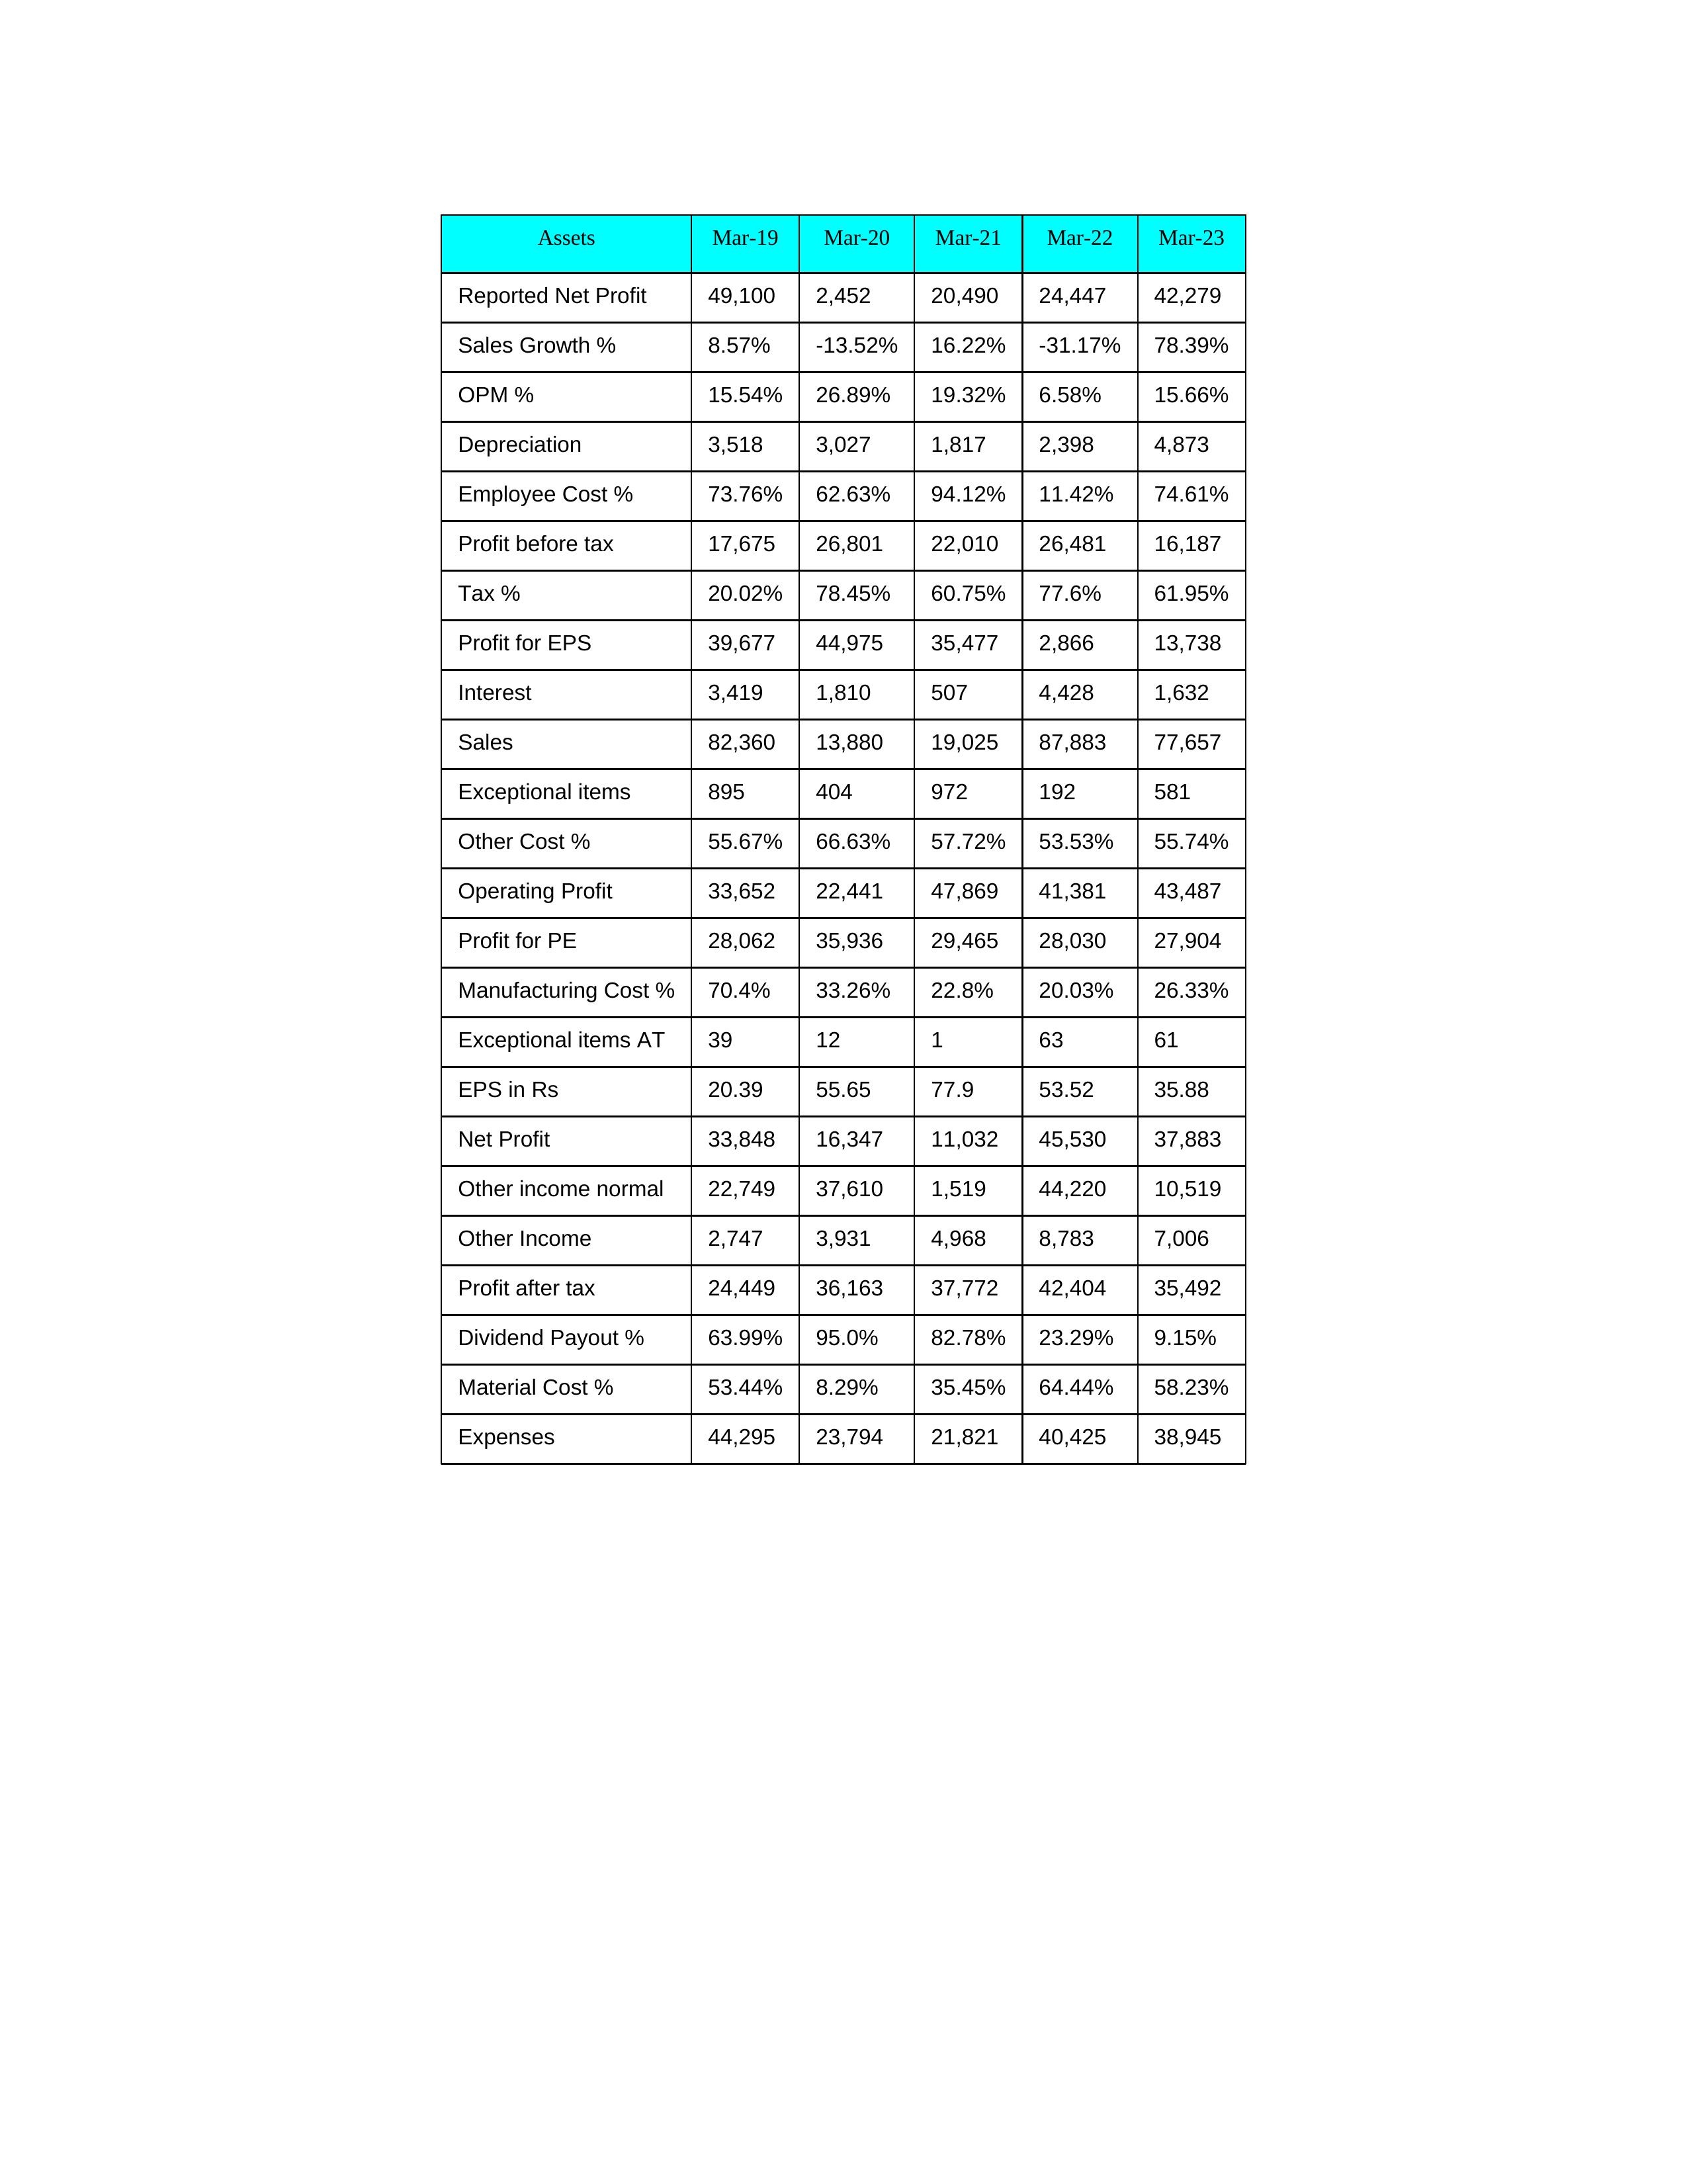
gt_parse: Mar-19: Sales: 82,360
Sales Growth %: 8.57%
Expenses: 44,295
Material Cost %: 53.44%
Manufacturing Cost %: 70.4%
Employee Cost %: 73.76%
Other Cost %: 55.67%
Operating Profit: 33,652
OPM %: 15.54%
Other Income: 2,747
Exceptional items: 895
Other income normal: 22,749
Interest: 3,419
Depreciation: 3,518
Profit before tax: 17,675
Tax %: 20.02%
Net Profit: 33,848
Profit after tax: 24,449
Reported Net Profit: 49,100
Profit for EPS: 39,677
Exceptional items AT: 39
Profit for PE: 28,062
EPS in Rs: 20.39
Dividend Payout %: 63.99%
Mar-20: Sales: 13,880
Sales Growth %: -13.52%
Expenses: 23,794
Material Cost %: 8.29%
Manufacturing Cost %: 33.26%
Employee Cost %: 62.63%
Other Cost %: 66.63%
Operating Profit: 22,441
OPM %: 26.89%
Other Income: 3,931
Exceptional items: 404
Other income normal: 37,610
Interest: 1,810
Depreciation: 3,027
Profit before tax: 26,801
Tax %: 78.45%
Net Profit: 16,347
Profit after tax: 36,163
Reported Net Profit: 2,452
Profit for EPS: 44,975
Exceptional items AT: 12
Profit for PE: 35,936
EPS in Rs: 55.65
Dividend Payout %: 95.0%
Mar-21: Sales: 19,025
Sales Growth %: 16.22%
Expenses: 21,821
Material Cost %: 35.45%
Manufacturing Cost %: 22.8%
Employee Cost %: 94.12%
Other Cost %: 57.72%
Operating Profit: 47,869
OPM %: 19.32%
Other Income: 4,968
Exceptional items: 972
Other income normal: 1,519
Interest: 507
Depreciation: 1,817
Profit before tax: 22,010
Tax %: 60.75%
Net Profit: 11,032
Profit after tax: 37,772
Reported Net Profit: 20,490
Profit for EPS: 35,477
Exceptional items AT: 1
Profit for PE: 29,465
EPS in Rs: 77.9
Dividend Payout %: 82.78%
Mar-22: Sales: 87,883
Sales Growth %: -31.17%
Expenses: 40,425
Material Cost %: 64.44%
Manufacturing Cost %: 20.03%
Employee Cost %: 11.42%
Other Cost %: 53.53%
Operating Profit: 41,381
OPM %: 6.58%
Other Income: 8,783
Exceptional items: 192
Other income normal: 44,220
Interest: 4,428
Depreciation: 2,398
Profit before tax: 26,481
Tax %: 77.6%
Net Profit: 45,530
Profit after tax: 42,404
Reported Net Profit: 24,447
Profit for EPS: 2,866
Exceptional items AT: 63
Profit for PE: 28,030
EPS in Rs: 53.52
Dividend Payout %: 23.29%
Mar-23: Sales: 77,657
Sales Growth %: 78.39%
Expenses: 38,945
Material Cost %: 58.23%
Manufacturing Cost %: 26.33%
Employee Cost %: 74.61%
Other Cost %: 55.74%
Operating Profit: 43,487
OPM %: 15.66%
Other Income: 7,006
Exceptional items: 581
Other income normal: 10,519
Interest: 1,632
Depreciation: 4,873
Profit before tax: 16,187
Tax %: 61.95%
Net Profit: 37,883
Profit after tax: 35,492
Reported Net Profit: 42,279
Profit for EPS: 13,738
Exceptional items AT: 61
Profit for PE: 27,904
EPS in Rs: 35.88
Dividend Payout %: 9.15%